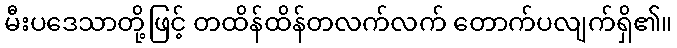
မီးပဒေသာတို့ဖြင့် တထိန်ထိန်တလက်လက် တောက်ပလျက်ရှိ၏။